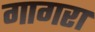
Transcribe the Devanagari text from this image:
गागरा